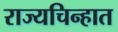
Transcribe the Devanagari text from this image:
राज्यचिन्हात